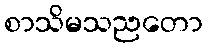
စာသိမသညတော